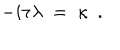
- i \tau \lambda \; = \; \kappa \ \ .